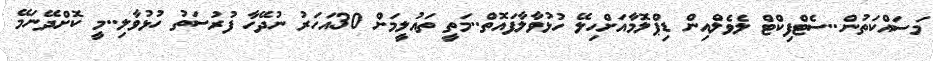
މަސައްކަތުން..ސެޓްފިކްޓް ލެވެލްއިން ޑިޕްލޮމާއަށްހިލޭ ހުޅުވާލާފައޮތް..މަތީ ތައުލީމަށް 30އަހަރު ނުދޭހާ ފުރުސަތު ހުޅުވާލި..މީ ކޮށްދޭނަމޭ